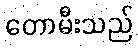
တောမီးသည်